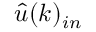
\hat { u } ( k ) _ { i n }